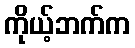
ကိုယ့်ဘက်က